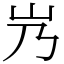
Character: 㞧